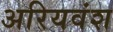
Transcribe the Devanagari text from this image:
अरियवंश